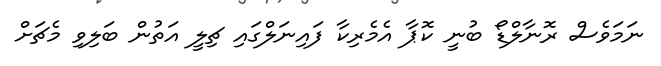
ނަމަވެސް ރޮނާލްޑޯ ބުނީ ކޮޮޕާ އެމެރިކާ ފައިނަލްގައި ޗިލީ އަތުން ބަލިވި މެޗަށް